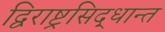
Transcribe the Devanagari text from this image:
द्विराष्ट्रसिद्धान्त